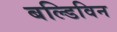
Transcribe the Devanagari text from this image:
बल्डिविन